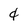
Character: 4